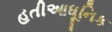
હતીઆધૂનિક